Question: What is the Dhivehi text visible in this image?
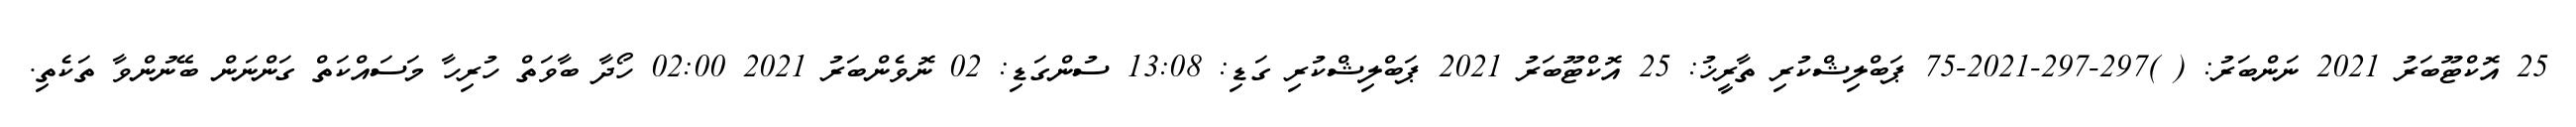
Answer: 25 އޮކްޓޫބަރު 2021 ނަންބަރު: ( )297-297-2021-75 ޕަބްލިޝްކުރި ތާރީޚު: 25 އޮކްޓޫބަރު 2021 ޕަބްލިޝްކުރި ގަޑި: 13:08 ސުންގަޑި: 02 ނޮވެންބަރު 2021 02:00 ހޯދާ ބާވަތް ހުރިހާ މަސައްކަތް ގަންނަން ބޭނުންވާ ތަކެތި.